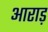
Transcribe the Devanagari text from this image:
आराड़